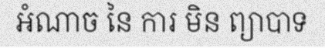
អំណាច នៃ ការ មិន ព្យាបាទ